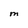
Character: M